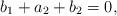
LaTeX: \begin{align*} b_1 + a_2 +b_2 =0, \end{align*}